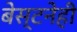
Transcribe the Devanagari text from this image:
बेस्टनेही